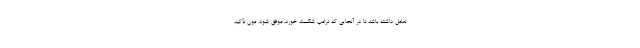
تعامل داشته باشد تا در آنجایی که ترامپ شکست خورد، موفق شود. مون تأکید